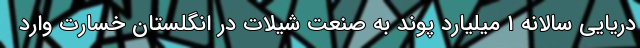
دریایی سالانه ۱ میلیارد پوند به صنعت شیلات در انگلستان خسارت وارد